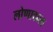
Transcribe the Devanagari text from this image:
लोणावाला